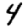
Digit: 4